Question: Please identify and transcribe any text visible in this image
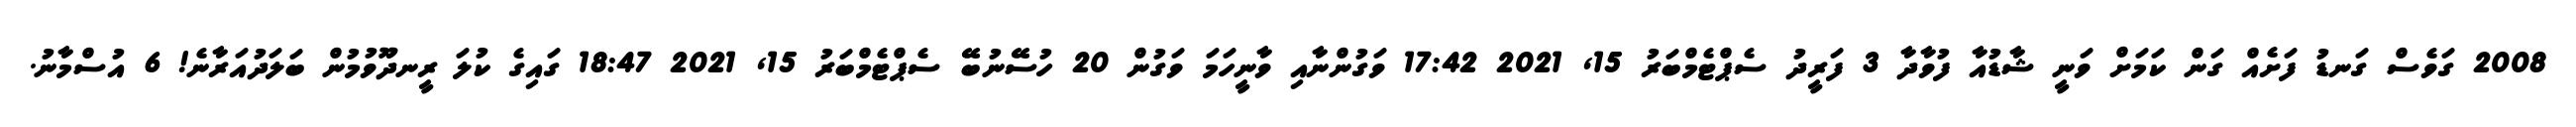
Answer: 2008 ގަވެސް ގަނޑު ފަށެއް ގަން ކަމަށް ވަނީ ޝާޑުއާ ފުވާދާ 3 ފަރީދު ސެޕްޓެމްބަރު 15, 2021 17:42 ވަގުންނާއި ވާނީހަމަ ވަގުން 20 ހުސޭނުބޭ ސެޕްޓެމްބަރު 15, 2021 18:47 ގައިގެ ކުލަ ރީނދޫވުމުން ބަލަދުއަރާނެ! 6 އުސްމާނު.